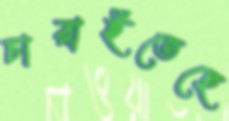
চারাইতেছে